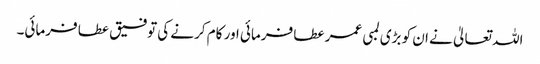
اللہ تعالیٰ نے ان کو بڑی لمبی عمر عطا فرمائی اور کام کرنے کی توفیق عطا فرمائی۔